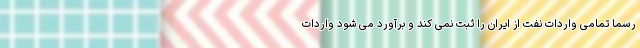
رسما تمامی واردات نفت از ایران را ثبت نمی کند و برآورد می شود واردات